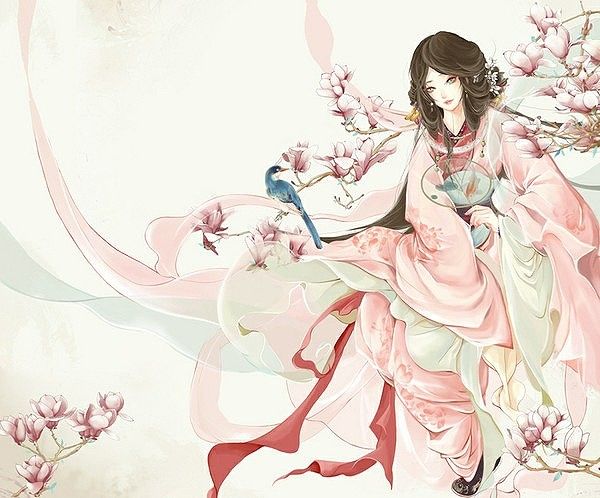
柳色参差掩画楼，晓莺啼送满宫愁。